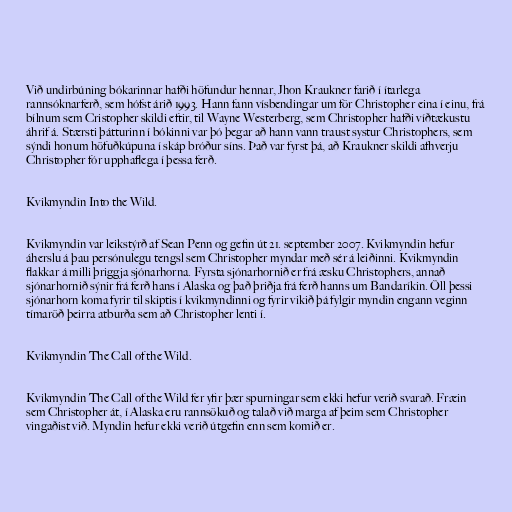
Við undirbúning bókarinnar hafði höfundur hennar, Jhon Kraukner farið í ítarlega
rannsóknarferð, sem hófst árið 1993. Hann fann vísbendingar um för Christopher eina í einu, frá
bílnum sem Cristopher skildi eftir, til Wayne Westerberg, sem Christopher hafði víðtækustu
áhrif á. Stærsti þátturinn í bókinni var þó þegar að hann vann traust systur Christophers, sem
sýndi honum höfuðkúpuna í skáp bróður síns. Það var fyrst þá, að Kraukner skildi afhverju
Christopher fór upphaflega í þessa ferð.

Kvikmyndin Into the Wild.

Kvikmyndin var leikstýrð af Sean Penn og gefin út 21. september 2007. Kvikmyndin hefur
áherslu á þau persónulegu tengsl sem Christopher myndar með sér á leiðinni. Kvikmyndin
flakkar á milli þriggja sjónarhorna. Fyrsta sjónarhornið er frá æsku Christophers, annað
sjónarhornið sýnir frá ferð hans í Alaska og það þriðja frá ferð hanns um Bandaríkin. Öll þessi
sjónarhorn koma fyrir til skiptis í kvikmyndinni og fyrir vikið þá fylgir myndin engann veginn
tímaröð þeirra atburða sem að Christopher lenti í.

Kvikmyndin The Call of the Wild.

Kvikmyndin The Call of the Wild fer yfir þær spurningar sem ekki hefur verið svarað. Fræin
sem Christopher át, í Alaska eru rannsökuð og talað við marga af þeim sem Christopher
vingaðist við. Myndin hefur ekki verið útgefin enn sem komið er.